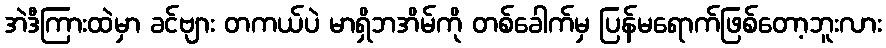
အဲဒီကြားထဲမှာ ခင်ဗျား တကယ်ပဲ မာရှိဘအိမ်ကို တစ်ခေါက်မှ ပြန်မရောက်ဖြစ်တော့ဘူးလား